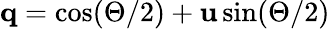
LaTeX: \mathbf{q}=\cos(\Theta/2)+\mathbf{u}\sin(\Theta/2)